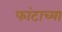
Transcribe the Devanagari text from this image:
फांटाच्या